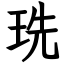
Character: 珗